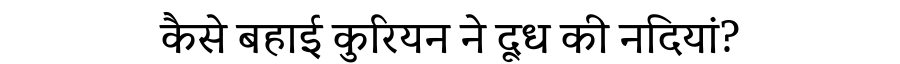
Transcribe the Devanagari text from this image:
कैसे बहाई कुरियन ने दूध की नदियां?